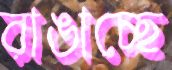
রাঙাচ্ছে